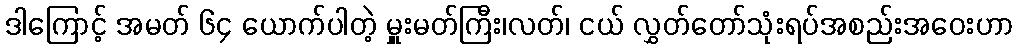
ဒါကြောင့် အမတ် ၆၄ ယောက်ပါတဲ့ မှူးမတ်ကြီး၊လတ်၊ ငယ် လွှတ်တော်သုံးရပ်အစည်းအဝေးဟာ